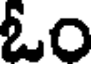
ఓం